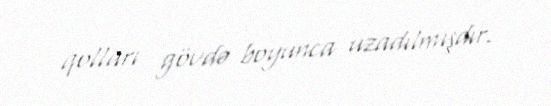
qolları gövdə boyunca uzadılmışdır.